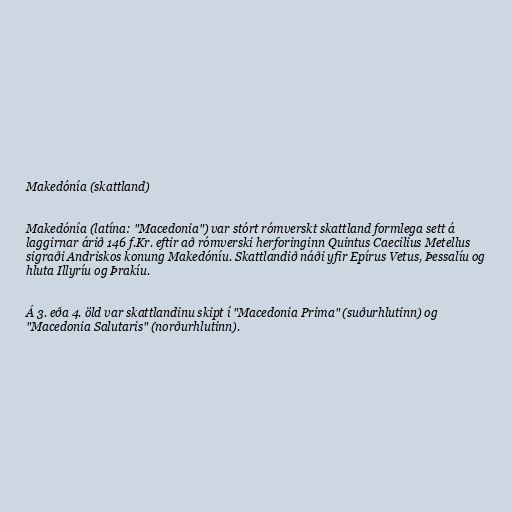
Makedónía (skattland)

Makedónía (latína: "Macedonia") var stórt rómverskt skattland formlega sett á
laggirnar árið 146 f.Kr. eftir að rómverski herforinginn Quintus Caecilius Metellus
sigraði Andriskos konung Makedóníu. Skattlandið náði yfir Epírus Vetus, Þessalíu og
hluta Illyríu og Þrakíu.

Á 3. eða 4. öld var skattlandinu skipt í "Macedonia Prima" (suðurhlutinn) og
"Macedonia Salutaris" (norðurhlutinn).